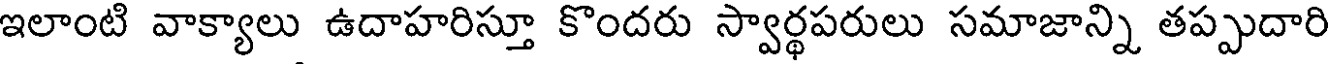
ఇలాంటి వాక్యాలు ఉదాహరిస్తూ కొందరు స్వార్థపరులు సమాజాన్ని తప్పుదారి